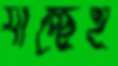
যাচ্ছেই